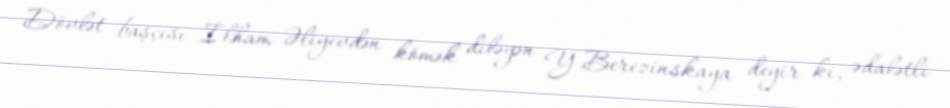
Dövlət başçısı İlham Əliyevdən kömək diləyən Y.Berezinskaya deyir ki, ədalətli